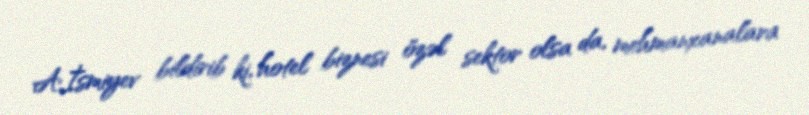
A.İsmiyev bildirib ki, hotel biznesi özəl sektor olsa da, mehmanxanalara